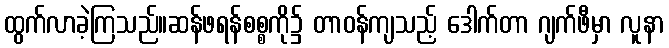
ထွက်လာခဲ့ကြသည်။ဆန်ဖရန်စစ္စကို၌ တာဝန်ကျသည့် ဒေါက်တာ ဂျက်ဖီမှာ လူနာ